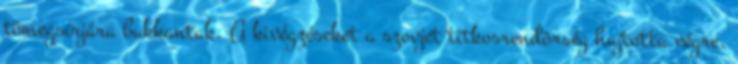
tömegsírjára bukkantak. A kivégzéseket a szovjet titkosrendõrség hajtotta végre.